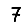
Digit: 7